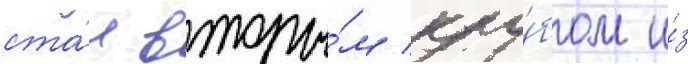
ста́л вторы́м клу́бом и́з